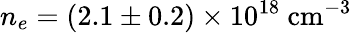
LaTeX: n_{e}=(2.1\pm 0.2)\times 10^{18}~\mathrm{cm}^{-3}